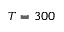
T = 3 0 0